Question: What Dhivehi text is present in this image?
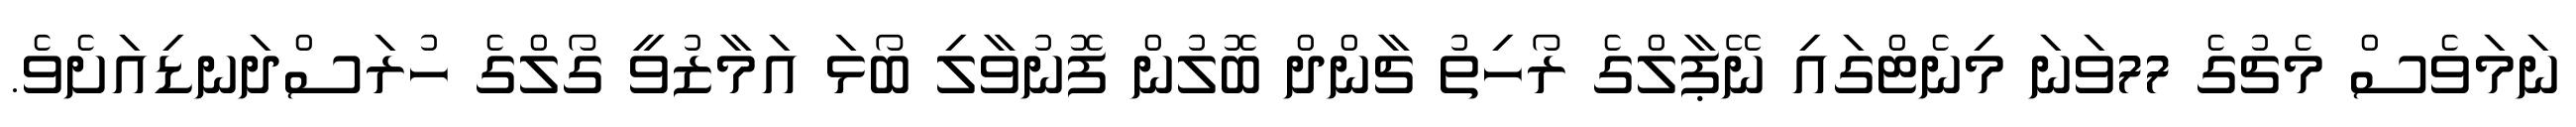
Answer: ނަމަވެސް މެޗުގެ 77ވަނަ މިނެޓްގައި ނޭޕާލްގެ ރޯހިތު ޗާންދް ބޮލުން ފޮނުވާލި ބޯޅަ އަމާޒުވީ ގޯލްގެ ހުރަސްދަނޑިއަށެވެ.